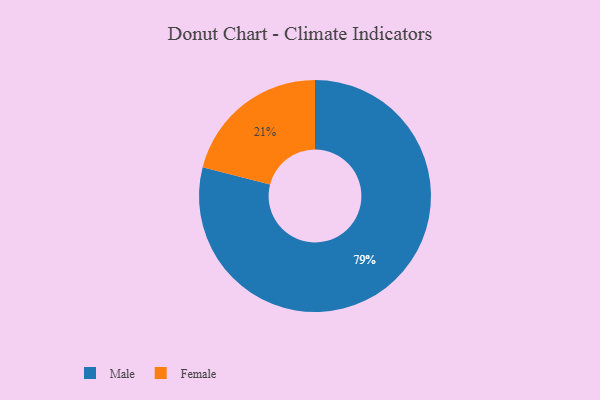
{"axis": {"x": "Category", "y": "Percentage"}, "legend": ["Female", "Male"], "data": [{"x": "Female", "y": 21, "type": "Female"}, {"x": "Male", "y": 79, "type": "Male"}]}